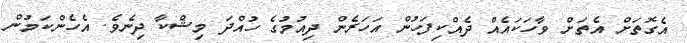
އެގޮތަށް އެތަށް ވާހަކައެއް ދެއްކިފަހުން އަހަރެން ދިއުމުގެ ހުއްދަ މިޝްކާ ދިނެވެ. އެހެންކަމުން